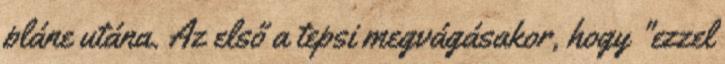
pláne utána. Az első a tepsi megvágásakor, hogy "ezzel